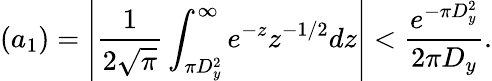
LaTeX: (a_{1})=\left|{\frac{1}{2{\sqrt{\pi}}}}\int_{\pi D_{y}^{2}}^{\infty}e^{-z}z^{-1/2}dz\right|<{\frac{e^{-\pi D_{y}^{2}}}{2\pi D_{y}}}.